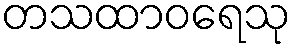
တသထာဝရေသု